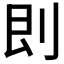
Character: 𠛵